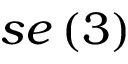
s e \left( 3 \right)